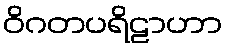
ဝိဂတပရိဠာဟာ